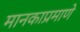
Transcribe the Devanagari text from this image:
मानकाप्रमाणे